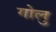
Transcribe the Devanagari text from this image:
गोलु